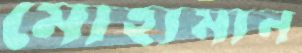
মোহ্যমান